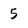
Character: 5